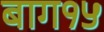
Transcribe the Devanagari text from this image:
बाग१५